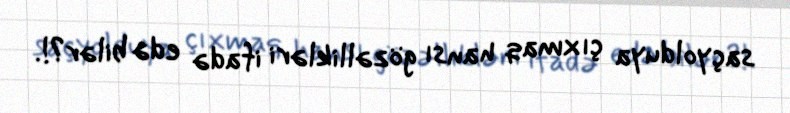
saçyolduya çıxmaq hansı gözəllikləri ifadə edə bilər?!.